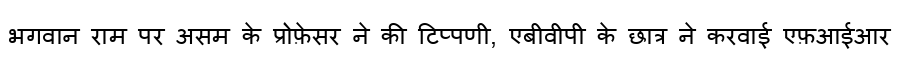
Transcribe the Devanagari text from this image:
भगवान राम पर असम के प्रोफ़ेसर ने की टिप्पणी, एबीवीपी के छात्र ने करवाई एफ़आईआर